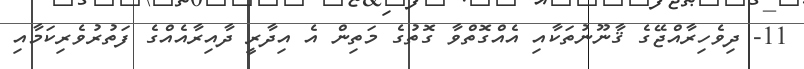
11- ދިވެހިރާއްޖޭގެ ޤާނޫނުތަކާއި އެއްގޮތްވާ ގޮތުގެ މަތިން އެ އިދާރީ ދާއިރާއެއްގެ ފަތުރުވެރިކަމާއި